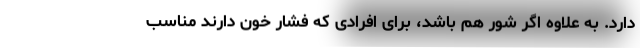
دارد. به علاوه اگر شور هم باشد، برای افرادی که فشار خون دارند مناسب